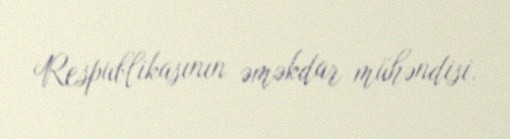
Respublikasının əməkdar mühəndisi.